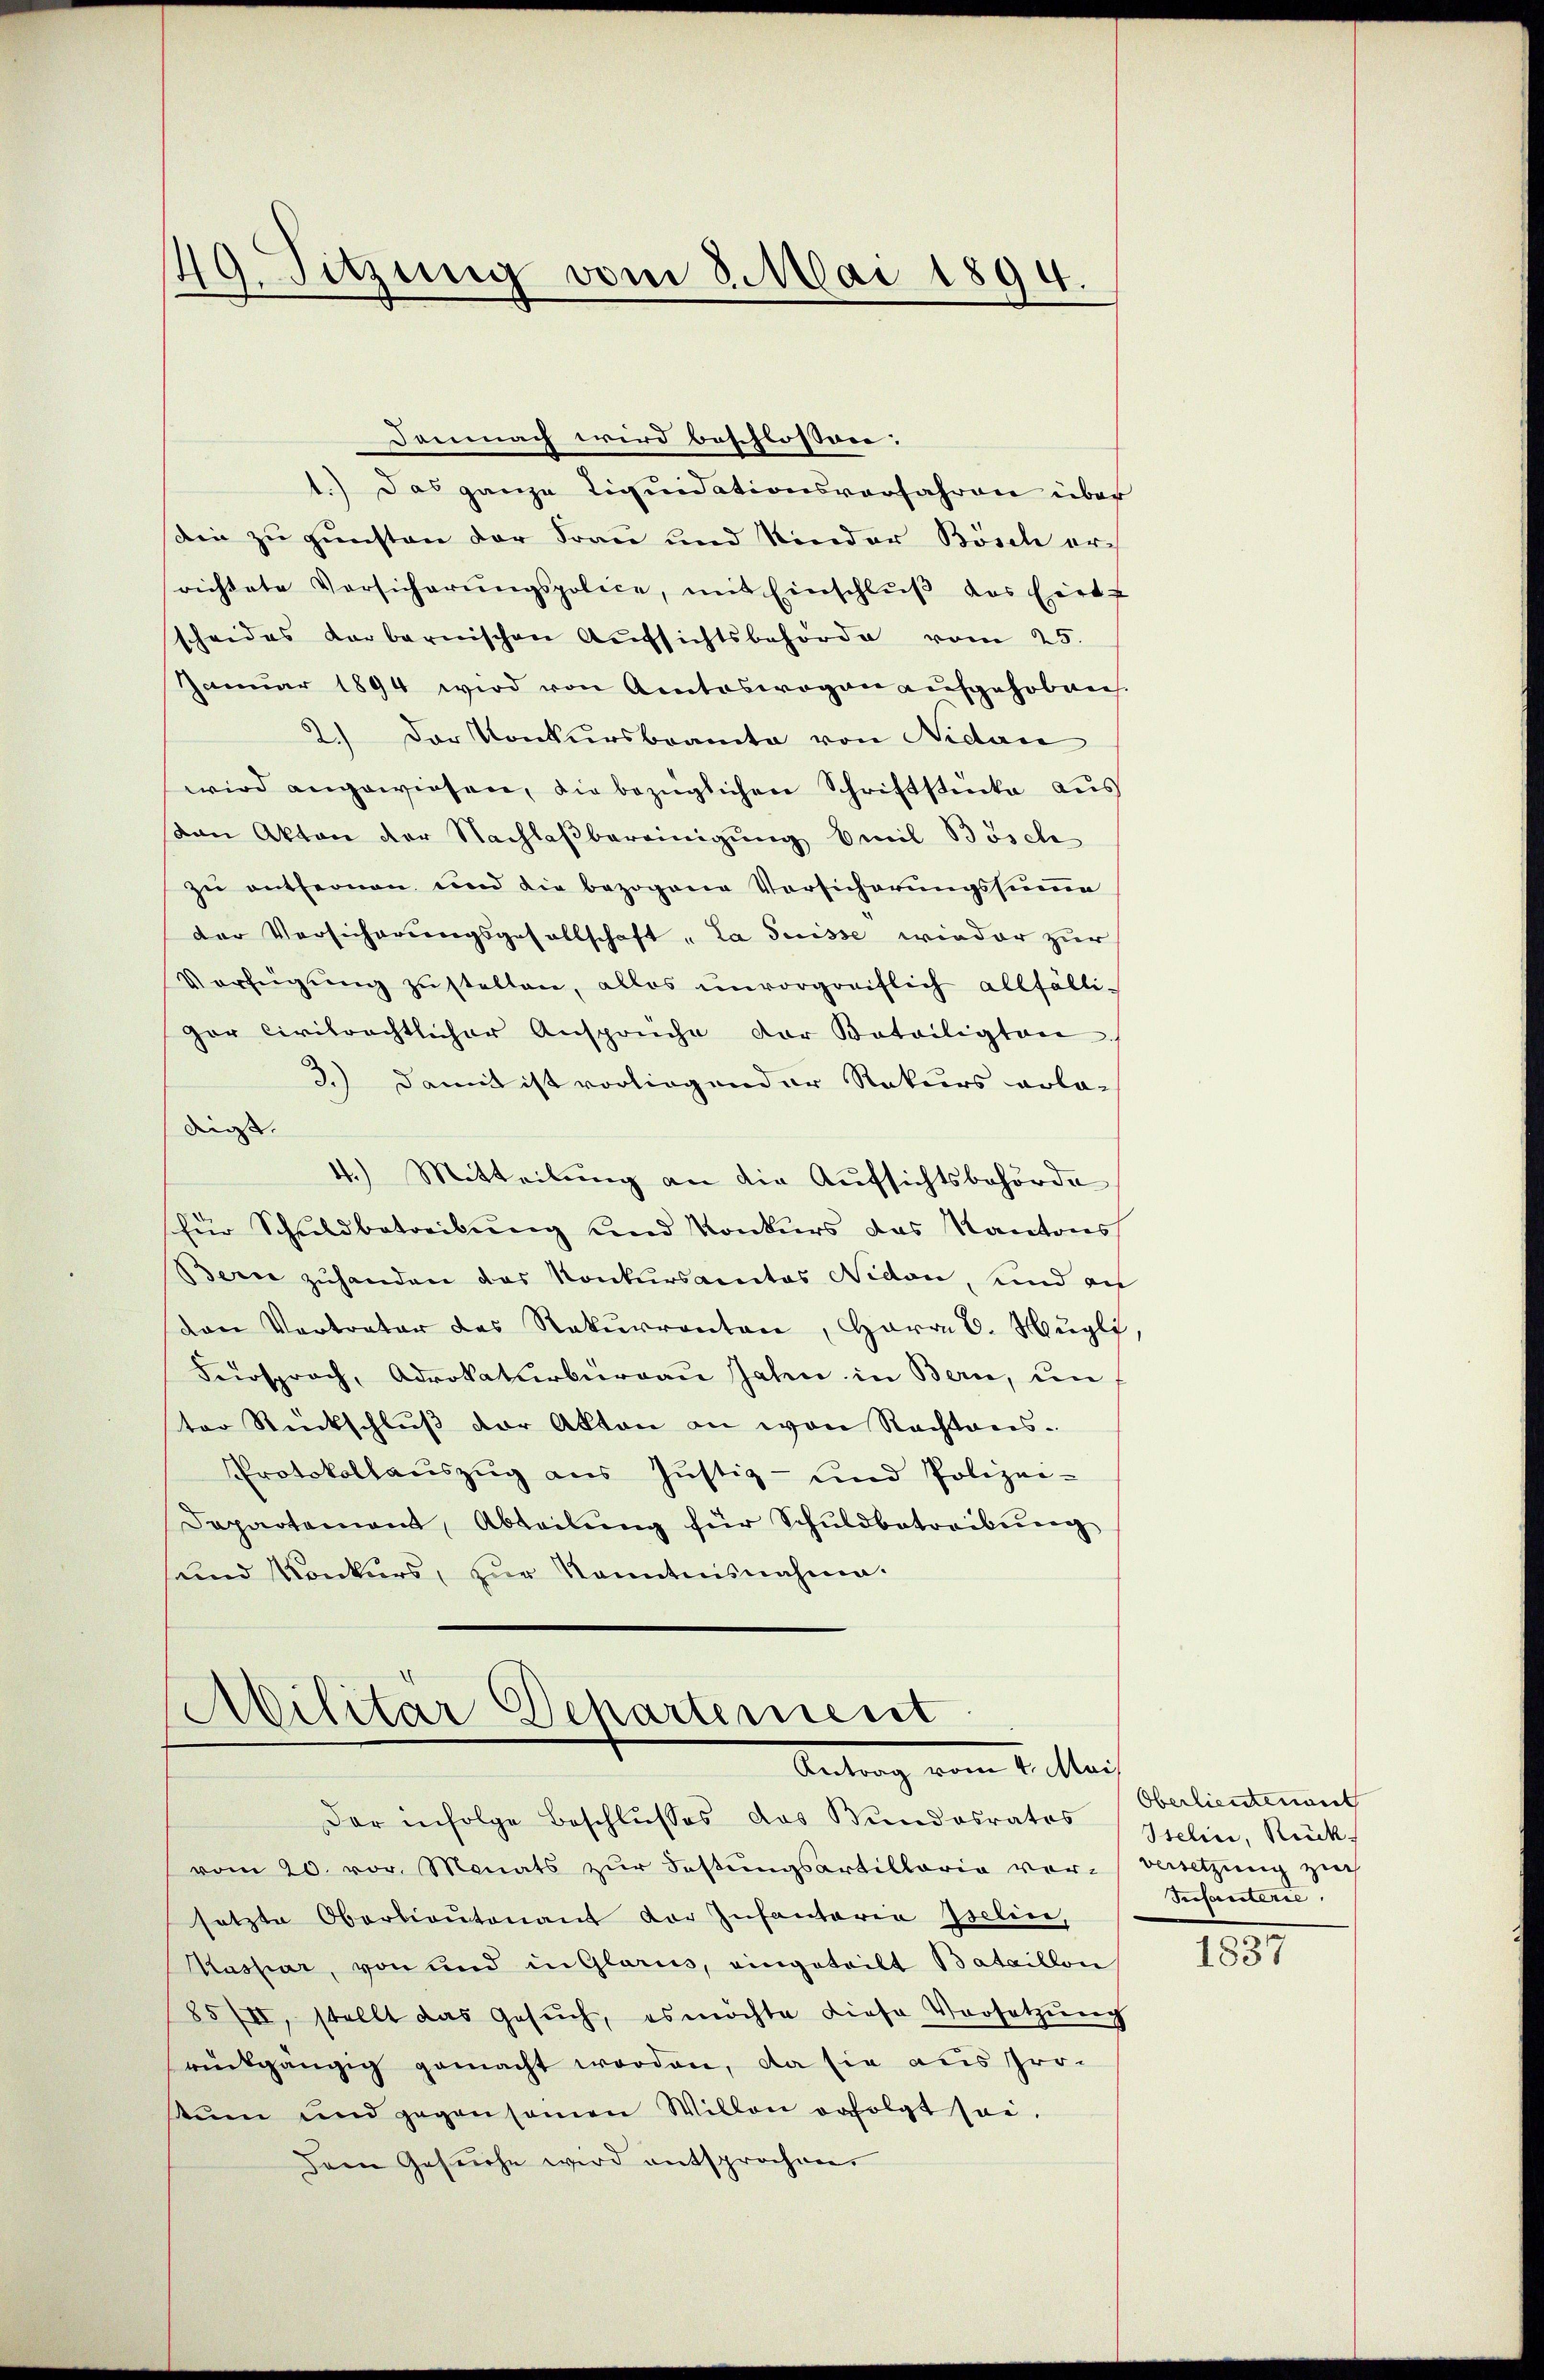
49. Sitzung vom 3. Mai 1894.

Demnach wird beschlossen:
t.) Das ganze Liquidationsverfahren über
sdin zu gunsten der Frau und Kinder Bösch ersrichtete Versicherŭngspolice, mit Einschlŭβ des Hirt
scheides Karbarnischen Aŭfsichtsbehörde vom 25.
Januar 1894 wird von Amtoswogen aufgehoben.
2.) Der Konkursbeamte von Nidau
wird angewiesen, die bezüglichen Schriftstücke aus
von Akten der Nachlaßbereinigung Emil Bösch
zu entfernen und die bezogene Vorsicherungssumme
der Versicherungsgesellschaft, la Suisse wieder zur
Verfügung zustellen, alles unvorgreiflich allfälligor civilrechtlicher Ansprüche der Beteiligten
3.) Damit ist vorliegender Rekurs vola-
dienst. |
4.) Mitteilung an die Aufsichtsbehörde
für Schuldbetreibung und Konkurs das Kantons
Bern zuhanden das Konkursactes Nidau, und an
van Vertreter des Rekurrenten, Herr C. Nugli
Fürsprach, Advokaturbürgau Jahn in Bern, unter Rückschlŭβ der Akten an von Rechtans-
Protokollaŭszŭg ans Jŭstiz- und Polizei-
Dapartement, Abteilŭng für Schuldbetreibŭng
sund Konkurs, zur Kenntnisnahme.

Militär Departement
Antrag vom 1. Mari

Der infolge Beschlŭsses das Bundesrates
vom 20. vor. Monats zŭr Festŭngsartillaria vor-Versetzŭng zech
setzte Oberlieutenant der Infantaria Iselin,
Massar, von und in Glarus, eingeteilt Bataillon
85/II, stellt das Gesŭch, es möchte diese Vorsetzŭng
rückgängig gemacht worden, da sie aus pro-
kuen und gegensamen Willen erfolgt sei.
Dem Gesuche wird entsprochen.

Oberlieutenant
Stelin, Rück
Susanterie,

1837